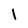
Character: 1